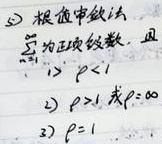
（5）根值审敛法：设\(\sum_{n = 1}^{\infty}u_n\)为正项级数，记\(\rho = \lim_{n \to \infty} \sqrt[n]{u_n}\)，则：
1）当\(\rho<1\)时，级数收敛；
2）当\(\rho > 1\)或\(\rho = +\infty\)时，级数发散；
3）当\(\rho = 1\)时，根值审敛法失效。